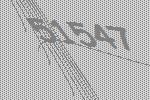
51547